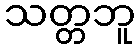
သတ္တဘူ